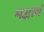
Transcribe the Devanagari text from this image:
मद्भावं